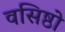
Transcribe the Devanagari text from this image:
वसिष्ठो